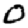
Digit: 0